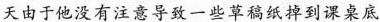
天由于他没有注意导致一些草稿纸掉到课桌底